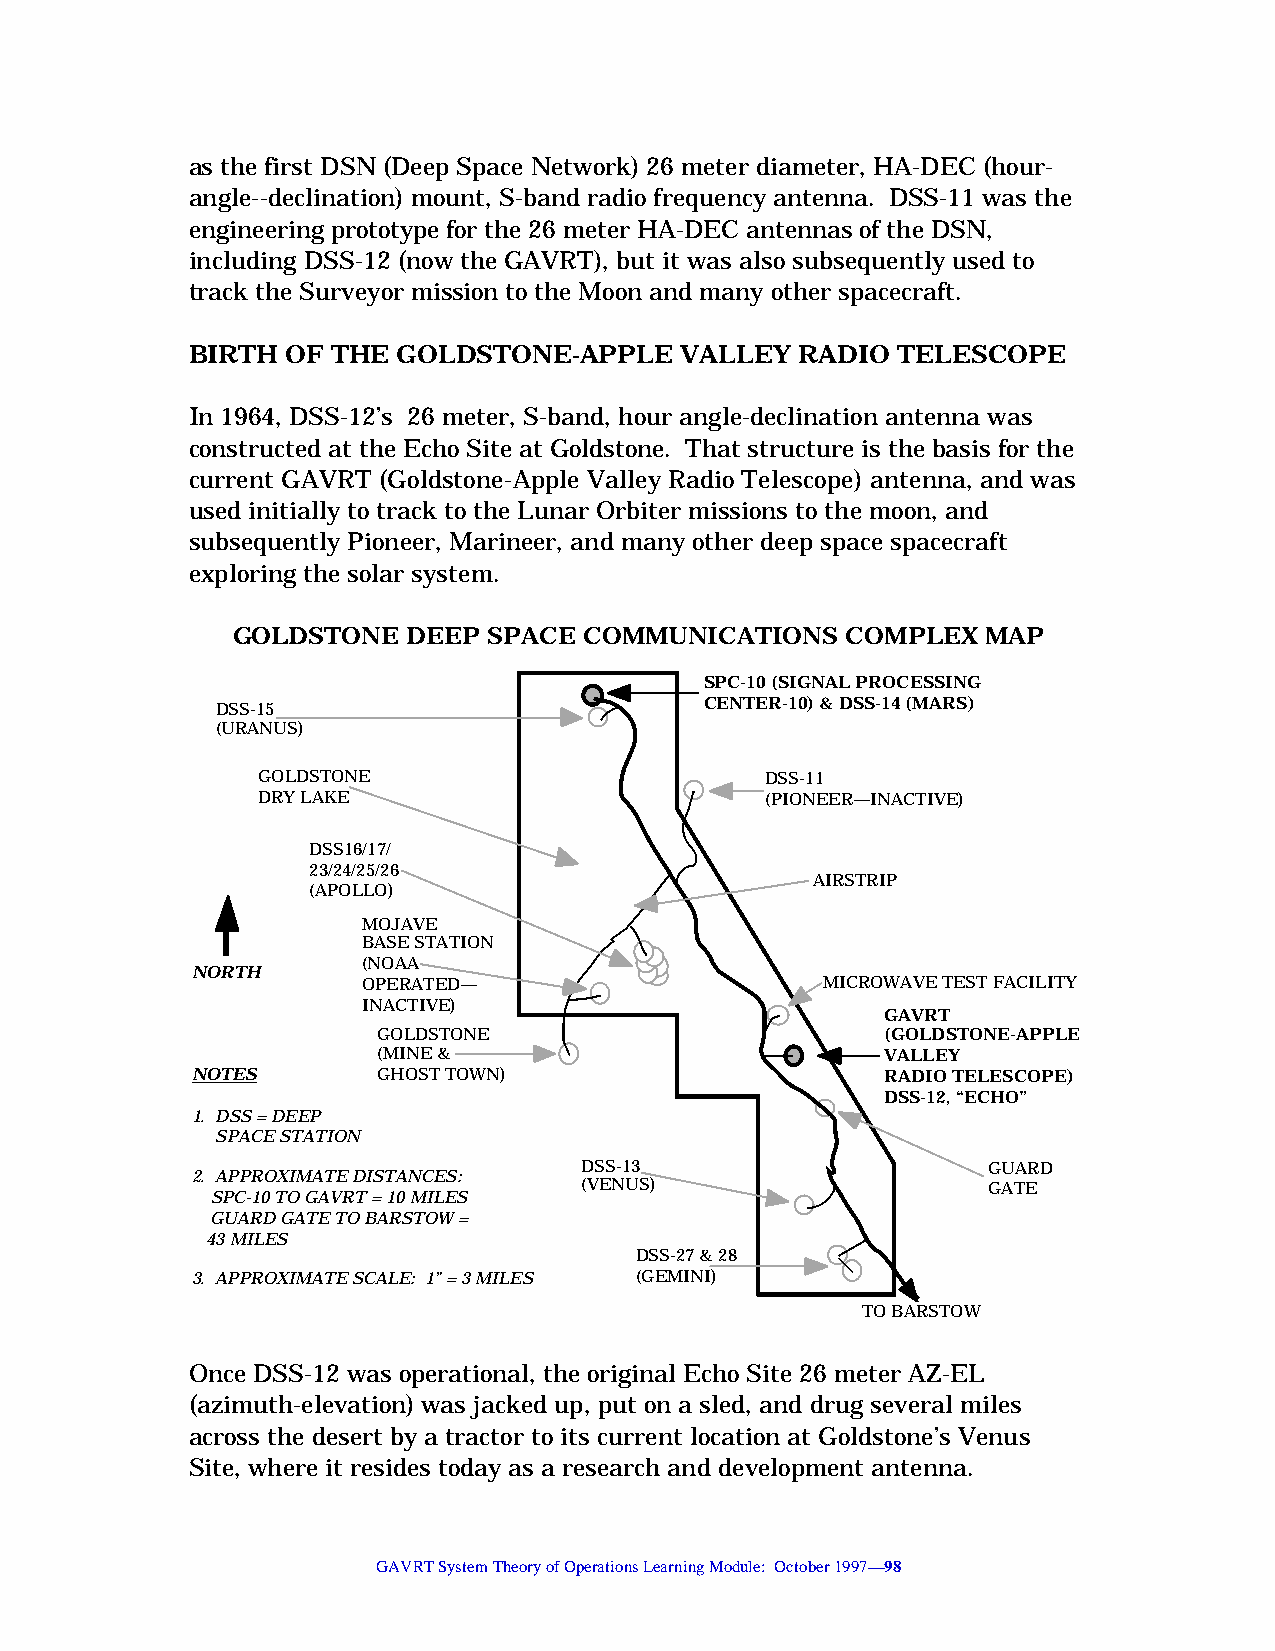
as the first DSN (Deep Space Network) 26 meter diameter, HA-DEC (hour-
 angle--declination) mount, S-band radio frequency antenna. DSS-11 was the
 engineering prototype for the 26 meter HA-DEC antennas of the DSN,
 including DSS-12 (now the GAVRT), but it was also subsequently used to
 track the Surveyor mission to the Moon and many other spacecraft.
 BIRTH  OF THE GOLDSTONE-APPLE    VALLEY  RADIO TELESCOPE
 In 1964, DSS-12’s 26 meter, S-band, hour angle-declination antenna was
 constructed at the Echo Site at Goldstone. That structure is the basis for the
 current GAVRT (Goldstone-Apple Valley Radio Telescope) antenna, and was
 used initially to track to the Lunar Orbiter missions to the moon, and
 subsequently Pioneer, Marineer, and many other deep space spacecraft
 exploring the solar system.
 GOLDSTONE   DEEP SPACE  COMMUNICATIONS   COMPLEX  MAP
 SPC-10 (SIGNAL PROCESSING
 CENTER-10) & DSS-14 (MARS)
 DSS-15
 (URANUS)
 GOLDSTONE                         DSS-11
 DRY LAKE                          (PIONEER—INACTIVE)
 DSS16/17/
 23/24/25/26
 AIRSTRIP
 (APOLLO)
 MOJAVE
 BASE STATION
 (NOAA
 NORTH
 OPERATED—                     MICROWAVE TEST FACILITY
 INACTIVE)
 GAVRT
 GOLDSTONE                         (GOLDSTONE-APPLE
 (MINE &                           VALLEY
 NOTES       GHOST TOWN)                       RADIO TELESCOPE)
 DSS-12, “ECHO”
 1. DSS = DEEP
 SPACE STATION
 DSS-13                     GUARD
 2. APPROXIMATE DISTANCES:
 (VENUS)                    GATE
 SPC-10 TO GAVRT = 10 MILES
 GUARD GATE TO BARSTOW =
 43 MILES
 DSS-27 & 28
 3. APPROXIMATE SCALE: 1” = 3 MILES (GEMINI)
 TO BARSTOW
 Once DSS-12 was operational, the original Echo Site 26 meter AZ-EL
 (azimuth-elevation) was jacked up, put on a sled, and drug several miles
 across the desert by a tractor to its current location at Goldstone’s Venus
 Site, where it resides today as a research and development antenna.
 GAVRT System Theory of Operations Learning Module: October 1997—98